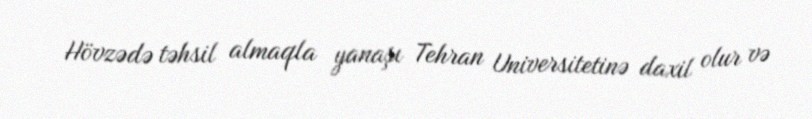
Hövzədə təhsil almaqla yanaşı Tehran Universitetinə daxil olur və